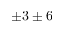
\pm 3 \pm 6